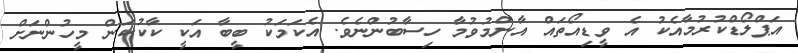
އަޕްލޯޑްކުރުމާއެކު އެ ވީޑިއޯތައް އާންމުވުމާ ހިސާބުންނެެވެ. އެކަމަކު ބީބާ އަކީ ކާކުކަން މީހުންނަށް